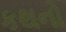
કથનો